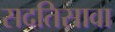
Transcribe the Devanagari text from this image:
सदतिसावा